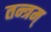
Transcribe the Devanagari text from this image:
तन्त्रम्